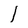
Character: I